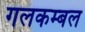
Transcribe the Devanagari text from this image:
गलकम्बल